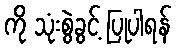
ကို သုံးစွဲခွင့် ပြုပါရန်